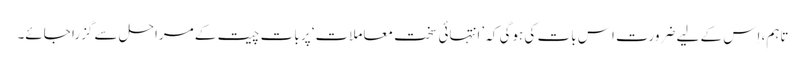
تاہم، اِس کے لیے ضرورت اِس بات کی ہوگی کہ ’انتہائی سخت معاملات‘ پر بات چیت کے مراحل سے گزرا جائے۔